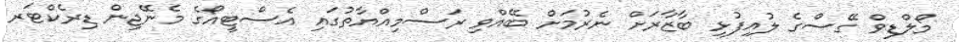
މޯލްޑިވް ގޭސްގެ ލުއިފުޅި ބާޒާރަށް ނެރުމަށް ބޭއްވި ރަސްމިއްޔާތުގައި އެސްޓީއޯގެ މެނޭޖިން ޑިރެކްޓަރ